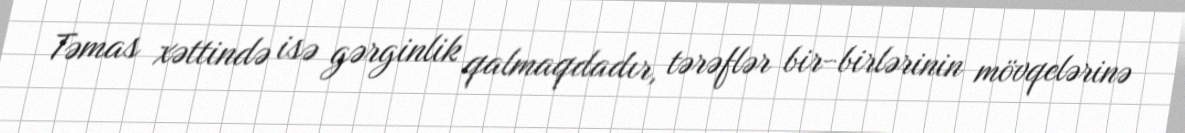
Təmas xəttində isə gərginlik qalmaqdadır, tərəflər bir-birlərinin mövqelərinə